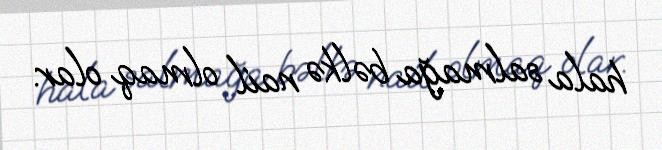
hala salmağa bəlkə nail olmaq olar.